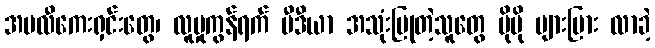
အပလီကေးရှင်းတွေ၊ လူမှုကွန်ရက် မီဒီယာ အသုံးပြုတဲ့သူတွေ ပိုမို များပြား လာခဲ့